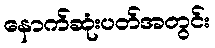
နောက်ဆုံးပတ်အတွင်း